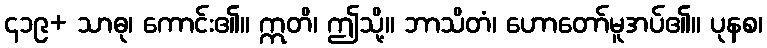
၄၁၉+ သာဓု၊ ကောင်း၏။ ဣတိ၊ ဤသို့။ ဘာသိတံ၊ ဟောတော်မူအပ်၏။ ပုနစ၊